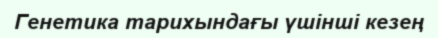
Генетика тарихындағы үшінші кезең